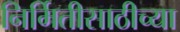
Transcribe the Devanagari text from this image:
निर्मितीसाठीच्या